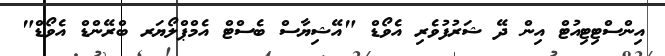
އިންސްޓިޓިއުޓް އިން ދޭ ޝަރުފުވެރި އެވޯޑް "އޭޝިޔާސް ބެސްޓް އެމްޕްލޯޔަރ ބްރޭންޑް އެވޯޑް"